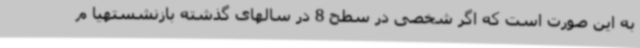
به این صورت است که اگر شخصی در سطح 8 در سالهای گذشته بازنشستهیا م